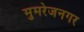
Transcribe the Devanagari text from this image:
मुमरेजनगर